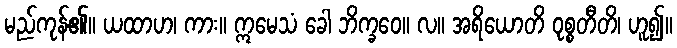
မည်ကုန်၏။ ယထာဟ၊ ကား။ ဣမေသံ ခေါ ဘိက္ခဝေ။ လ။ အရိယောတိ ဝုစ္စတီတိ၊ ဟူ၍။